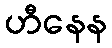
ဟီနေန